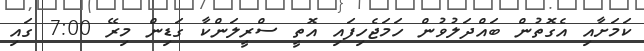
ކަމަށާއި އެގޮތުން ބައްދަލުވުން ހަމަޖެހިފައި އޮތީ ސްރީލަންކާ ގަޑިން މިރޭ 7:00 ގައި